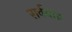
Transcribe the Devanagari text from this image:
सर्वथा॥